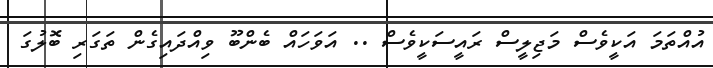
އުއްތަމަ އަކީވެސް މަޖިލީސް ރައީސަކީވެސް .. އަވަހައް ބެންބޫ ވިއްދައިގެން ތަގަރި ބޮލުގަ